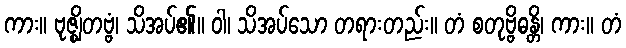
ကား။ ဗုဇ္ဈိတဗ္ဗံ၊ သိအပ်၏။ ဝါ၊ သိအပ်သော တရားတည်း။ တံ စတုဗ္ဗိဓန္တိ၊ ကား။ တံ